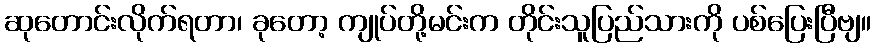
ဆုတောင်းလိုက်ရတာ၊ ခုတော့ ကျုပ်တို့မင်းက တိုင်းသူပြည်သားကို ပစ်ပြေးပြီဗျ။